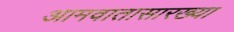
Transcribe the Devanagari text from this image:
आमवातासारख्या